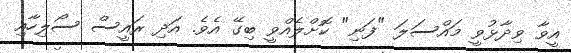
އީވާ ވިދާޅުވީ މައްސަލަ "ފަނި" ކޮށްލެއްވީ ބިގޭ އެވެ. އަދި ރައީސް ސޯލިހާއި